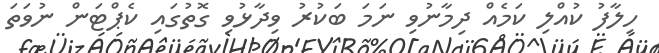
ހިލާފު ކުއްލި ކަމެއް ދިމާނުވި ނަމަ ބަކުރު ވިދާޅުވި ގޮތުގައި ކެޕްޓަން ނުވަތަ